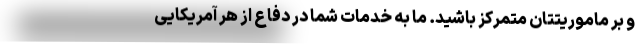
و بر ماموریتتان متمرکز باشید. ما به خدمات شما در دفاع از هر آمریکایی